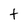
Character: t